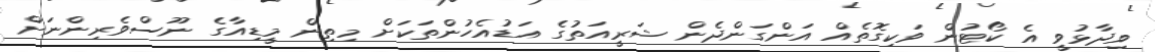
ވިދާޅުވީ އެ ކޯޓުން ވަކިގޮތެއް އަންގަންދެން ޝަރީއަތުގެ އަޑުއެހުންތަކަށް މިތިން މީޑިއާގެ ނޫސްވެރިންނަށް